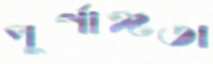
পূর্ণাঙ্গতা